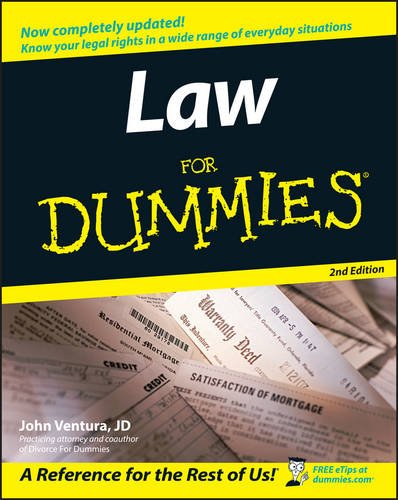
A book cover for Law For Dummies; JD John Ventura; Business & Money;